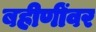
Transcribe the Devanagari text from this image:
बहीणींवर